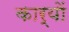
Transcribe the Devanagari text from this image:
कार्याें